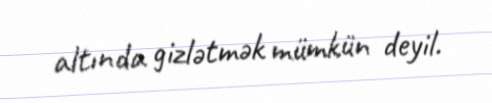
altında gizlətmək mümkün deyil.